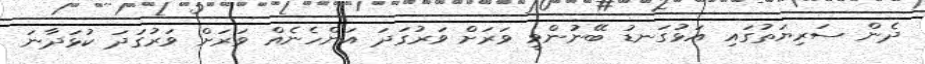
ދެން ސަރިޔަތުގައި އަޅުގަނޑު ބޭނުންވީ ވަރަށް ވަރުގަދަ އަންހެނެއް ވަރަށް ވަރުގަދަ ކުޅަދާނަ